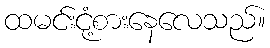
ထမင်းငုံ့စားနေလေသည်။